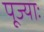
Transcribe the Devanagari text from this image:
पूज्याः